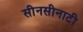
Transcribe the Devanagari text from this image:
सीनसीनाटी